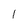
Character: 1